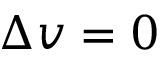
\Delta v = 0